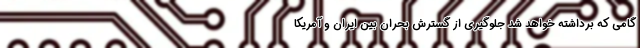
گامی که برداشته خواهد شد جلوگیری از گسترش بحران بین ایران و آمریکا